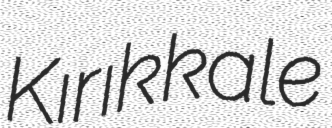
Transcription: Kırıkkale